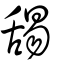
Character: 舓